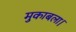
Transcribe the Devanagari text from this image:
मुकाबला।